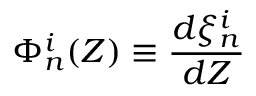
\Phi _ { n } ^ { i } ( Z ) \equiv \frac { d \xi _ { n } ^ { i } } { d Z }